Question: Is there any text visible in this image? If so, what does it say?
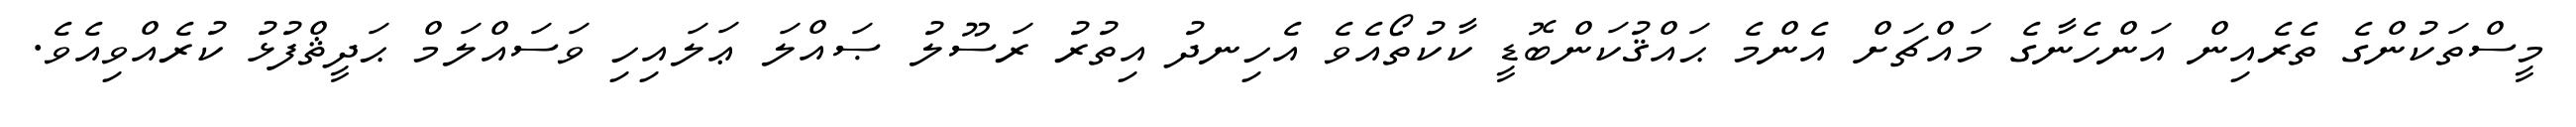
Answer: މީސްތަކުންގެ ތެރެއިން އަންހެނާގެ މައްޗަށް އެންމެ ޙައްޤުކަންބޮޑީ ކާކުތޯއެވެ އެހިނދު އިތުރު ރަސޫލު ޞައްލަ ޢަލައިހި ވަސައްލަމް ޙަދީޘްފުޅު ކުރެއްވިއެވެ.